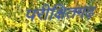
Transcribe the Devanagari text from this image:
परीक्षितगढ़